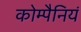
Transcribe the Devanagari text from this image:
कोम्पैनियं